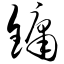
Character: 镛